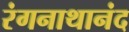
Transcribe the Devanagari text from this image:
रंगनाथानंद